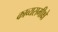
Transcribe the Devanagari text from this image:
काव्यसमीक्षे